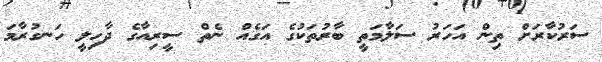
ސަރުކާރަށް ތިން އަހަރު ސަލާމަތީ ބާރުތަކުގެ އަގެއް ނެތް ސީރިއާގެ ދާހިލީ ހަނގުރާމަ